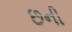
છની